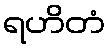
ရဟိတံ